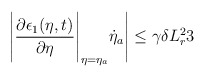
\begin{align*}\Bigg|\dfrac{\partial \epsilon_1(\eta,t)}{\partial \eta}\Bigg|_{\eta = \eta_a}\dot{\eta}_a \Bigg| \le \gamma \delta L_r^2 3\end{align*}